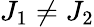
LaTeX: J_{1}\neq J_{2}